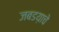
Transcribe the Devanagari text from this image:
जबडय़ाचे